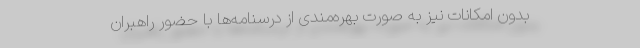
بدون امکانات نیز به صورت بهره‌مندی از درسنامه‌ها با حضور راهبران